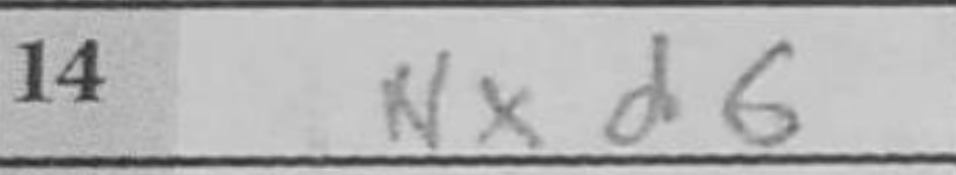
Transcription: Nxd6